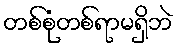
တစ်စုံတစ်ရာမရှိဘဲ